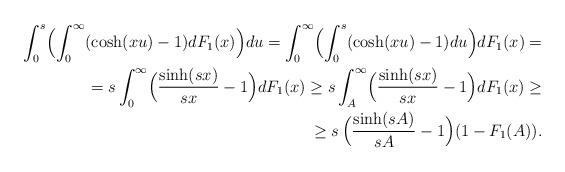
LaTeX: \begin{align*}\begin{aligned}\int_0^s \Bigl(\int_{0}^{\infty}(\cosh(xu)-1)dF_1(x)\Bigr)du =\int_{0}^{\infty}\Bigl(\int_0^s(\cosh(xu)-1)du \Bigr)dF_1(x)=\\ = s \int_{0}^{\infty}\Bigl(\frac{\sinh(sx)}{sx}-1\Bigr)dF_1(x) \ge s \int_{A}^{\infty}\Bigl(\frac{\sinh(sx)}{sx}-1\Bigr)dF_1(x) \ge \\ \ge s \, \Bigl(\frac{\sinh(sA)}{sA}-1\Bigr)(1-F_1(A)).\end{aligned}\end{align*}